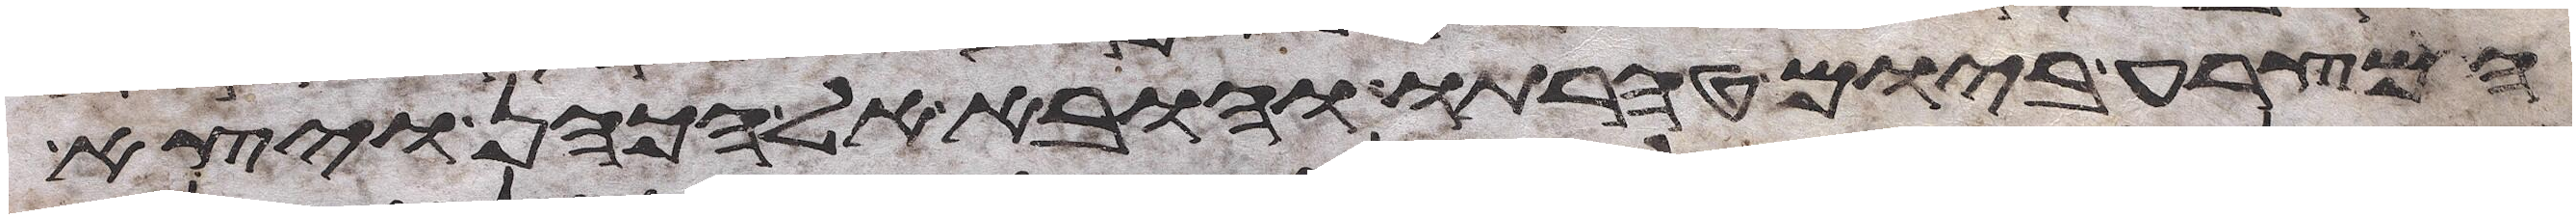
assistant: המצרע ביום טהרתו והובא אל הכהן ויצא